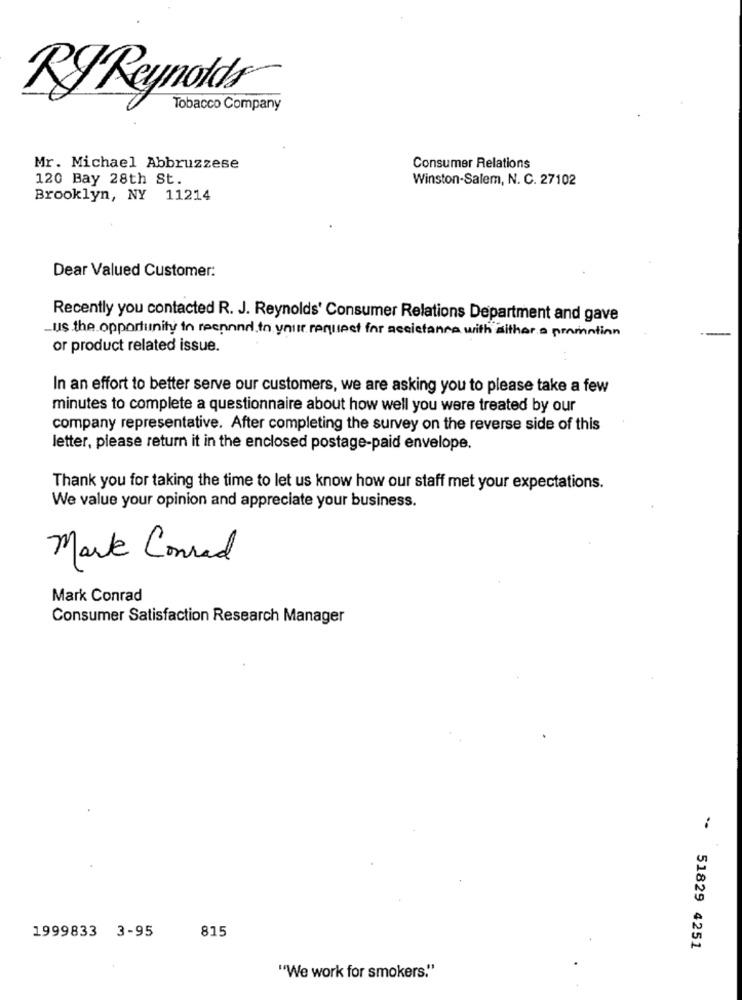
RyReynolds®
Tobacco Company
Mr. Michael Abbruzzese
Consumer Relations
120 Bay 28th St.
Winston-Salem, N. C. 27102
Brooklyn, NY 11214
Dear Valued Customer:
Recently you contacted R. J. Reynolds' Consumer Relations Department and gave
us the opportunity in respond to your request for aceitanca with aither a promotion
or product related issue.
In an effort to better serve our customers, we are asking you to please take a few
minutes to complete a questionnaire about how well you were treated by our
company representative. After completing the survey on the reverse side of this
letter, please return it in the enclosed postage-paid envelope.
Thank you for taking the time to let us know how our staff met your expectations.
We value your opinion and appreciate your business.
Mark Conrad
Mark Conrad
Consumer Satisfaction Research Manager
1999833 3-95
815
-- 51829 4251
"We work for smokers."